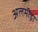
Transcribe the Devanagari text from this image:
अलमीड़ा